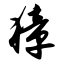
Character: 獐